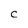
Character: C